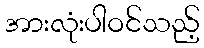
အားလုံးပါဝင်သည့်